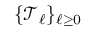
\{ \mathcal { T } _ { \ell } \} _ { \ell \ge 0 }